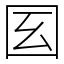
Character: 𡆻